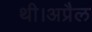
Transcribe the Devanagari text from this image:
थी।अप्रैल